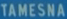
TAMESNA